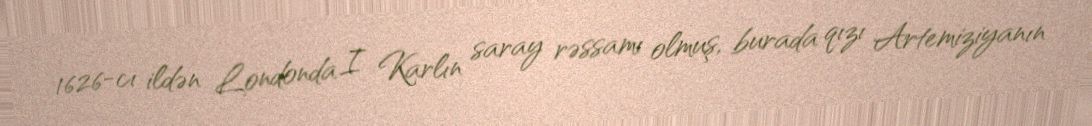
1626-cı ildən Londonda I Karlın saray rəssamı olmuş, burada qızı Artemiziyanın